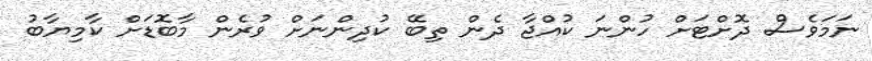
ނަމަވެސް ދޮށްޓަށް ހުންނަ ކުއްޖާ ދެން ތިބޭ ކުދިންނަށް ވުރެން މާބޮޑަށް ކާމިޔާބު